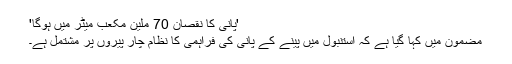
'پانی کا نقصان 70 ملین مکعب میٹر میں ہوگا'
مضمون میں کہا گیا ہے کہ استنبول میں پینے کے پانی کی فراہمی کا نظام چار پیروں پر مشتمل ہے۔